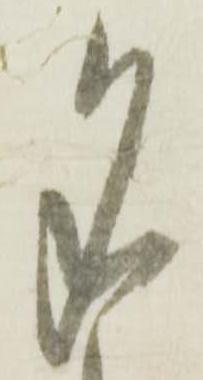
名